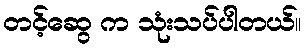
တင့်ဆွေ က သုံးသပ်ပါတယ်။